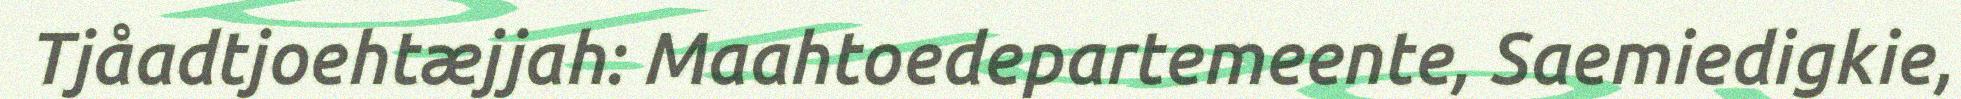
Tjåadtjoehtæjjah: Maahtoedepartemeente, Saemiedigkie,